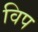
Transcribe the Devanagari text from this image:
विप